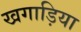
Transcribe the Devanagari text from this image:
खगाड़िया